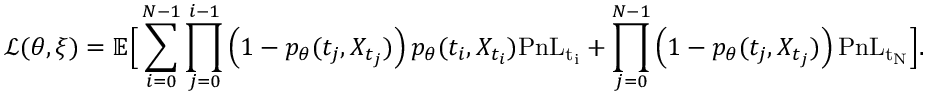
\mathcal { L } ( \theta , \xi ) = \mathbb { E } \Big [ \sum _ { i = 0 } ^ { N - 1 } \prod _ { j = 0 } ^ { i - 1 } \left( 1 - p _ { \theta } ( t _ { j } , X _ { t _ { j } } ) \right) p _ { \theta } ( t _ { i } , X _ { t _ { i } } ) \mathrm { P n L _ { t _ { i } } } + \prod _ { j = 0 } ^ { N - 1 } \left( 1 - p _ { \theta } ( t _ { j } , X _ { t _ { j } } ) \right) \mathrm { P n L _ { t _ { N } } } \Big ] .